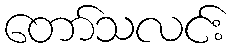
တော်သလင်း